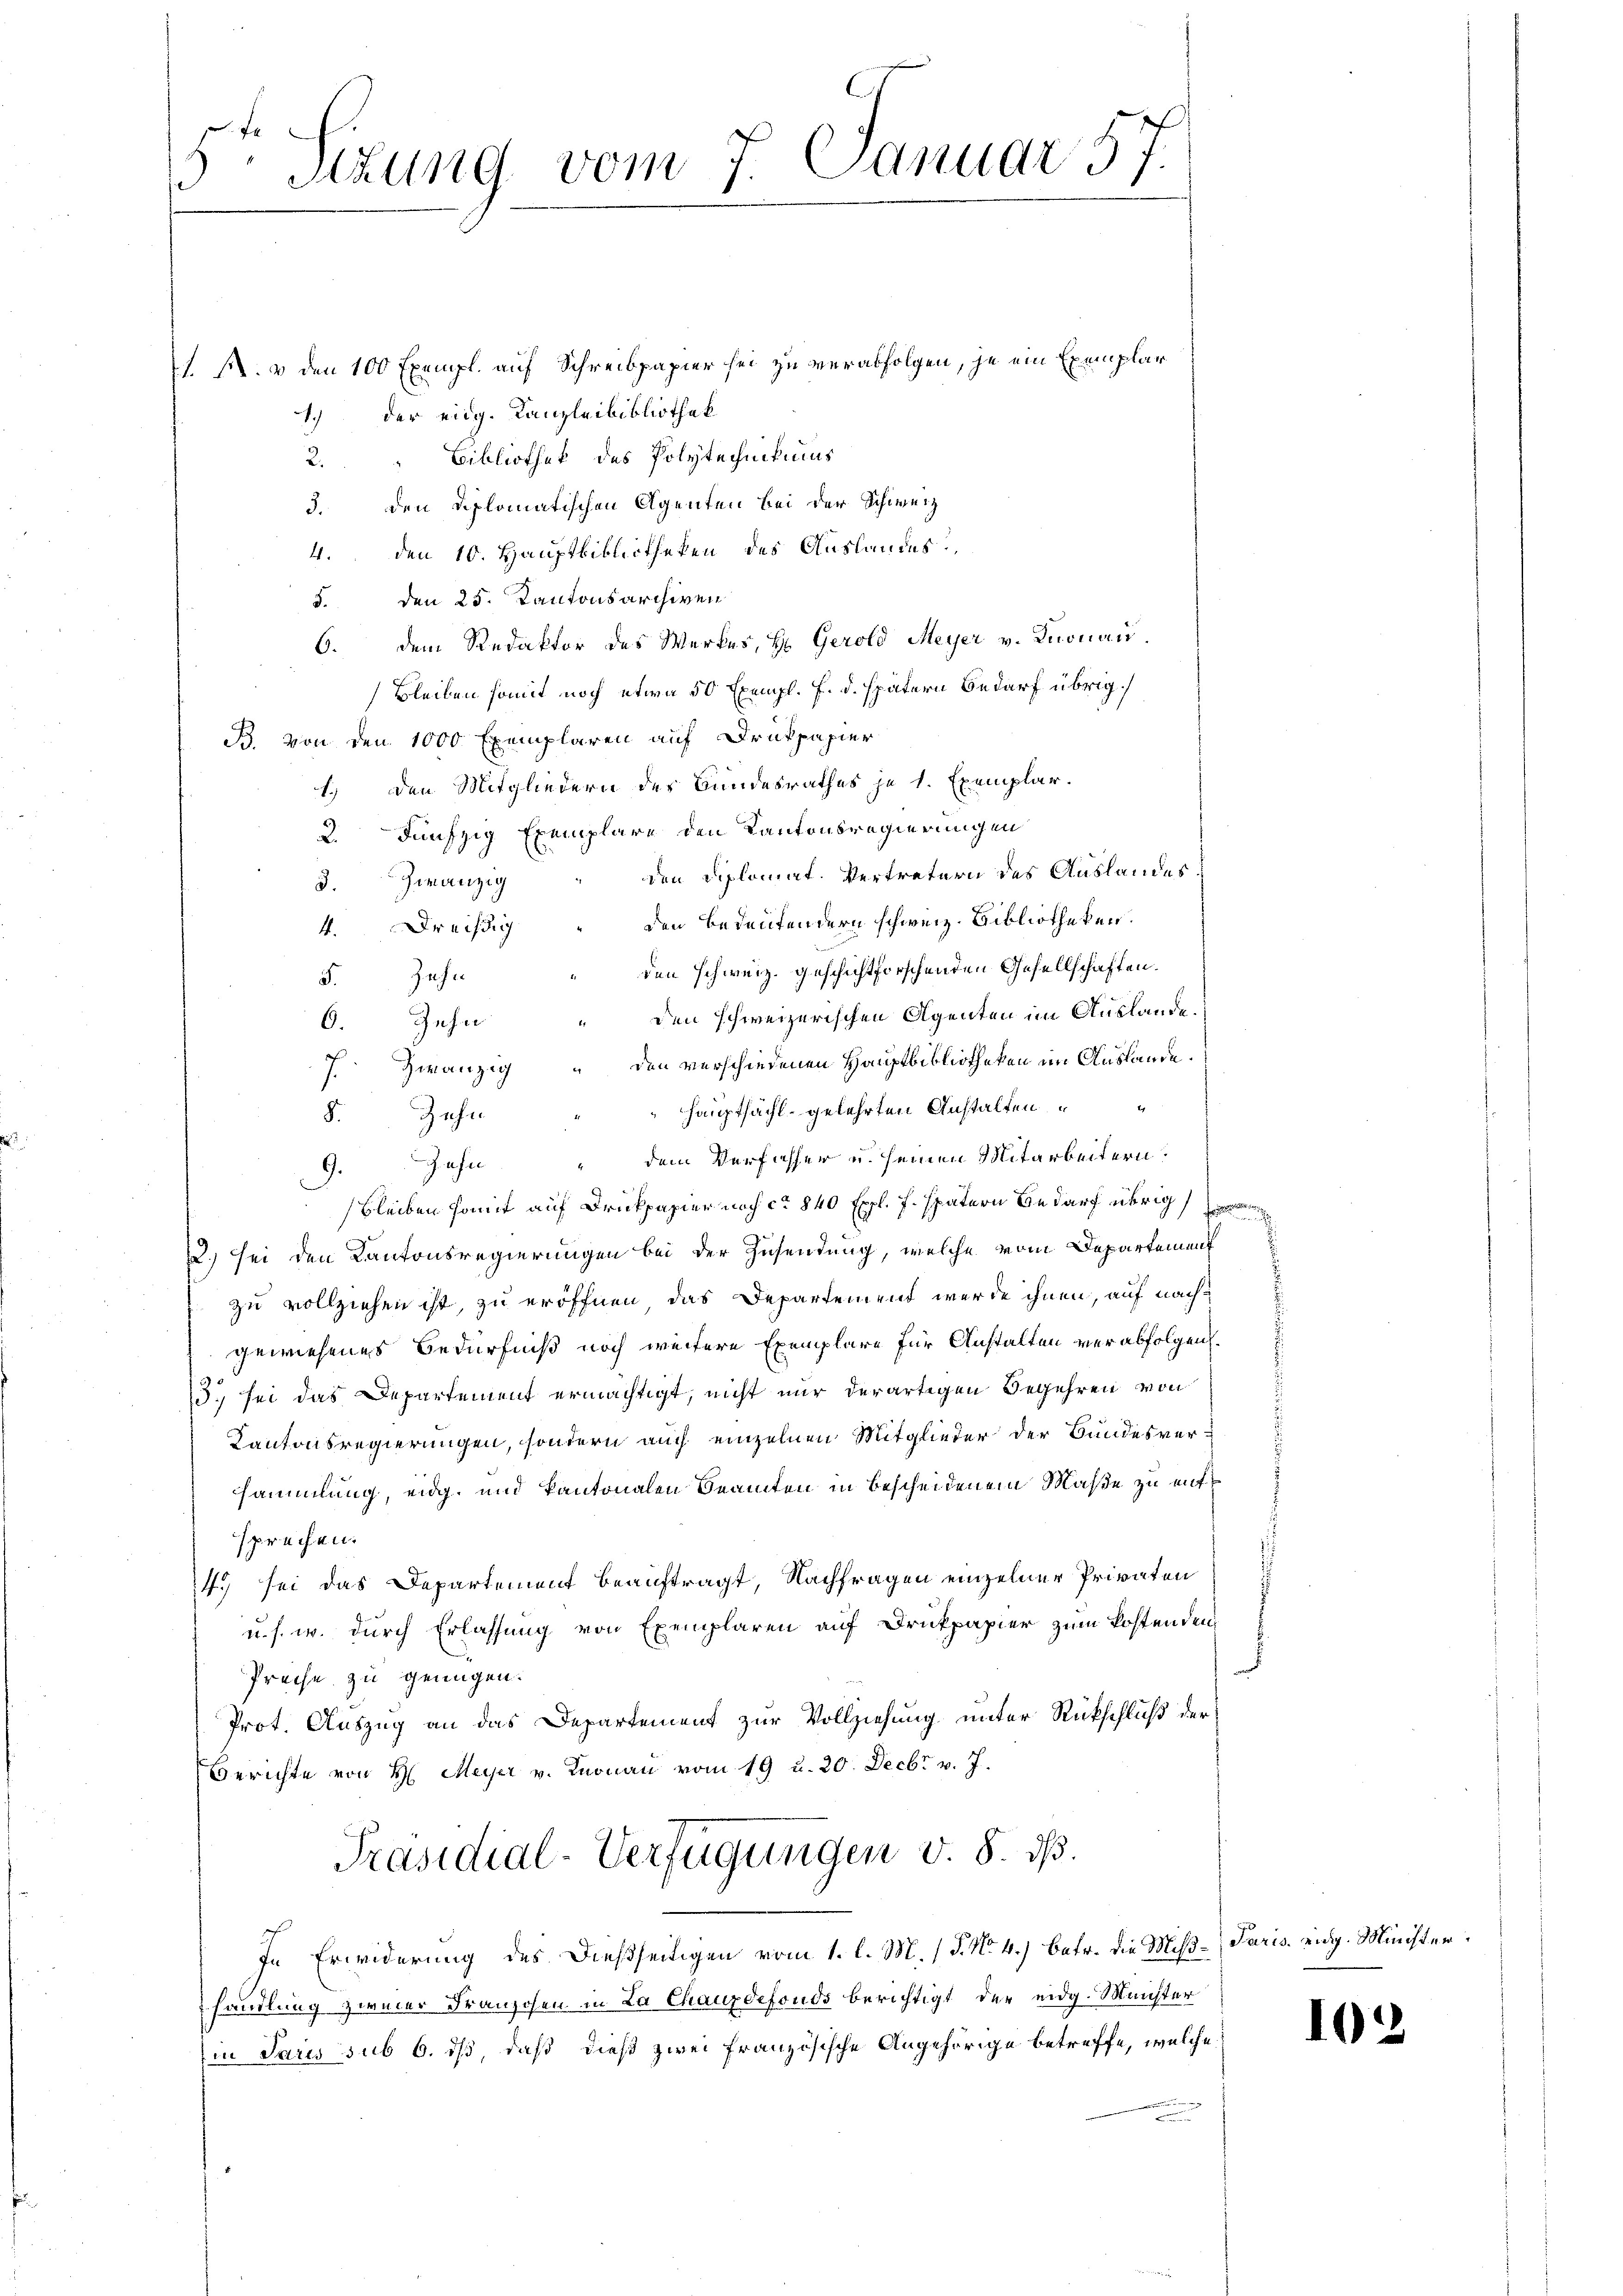
.
Sizung vom 7. Januar 57.

1. M. v. den 100 Exempl. auf Schreibpapier sei zu verabfolgen, je ein Exemplar
1.) der eidg. Kanzleibibliothek
2." Bibliothek des Polytechnikums
3. den Diplomatischen Agenten bei der Schweiz
4. den 10. Hauptbibliotheken des Auslandes
5. den 25. Kantonsarchiven
6. dem Redaktor des Werkes, H. Gerold Meyer v. Knonau.
Bleiben somit noch etwa 50 Exempl. F. d. spätern Bedarf übrig
B. von den 1000 Exemplaren auf Drukpapier
1.) Den Mitgliedern des Bundesrathes je 1 Exemplar.
2.  Fünfzig Exemplare den Kantonsregierungen
den Diplomat. Vertretern des Auslandes
3. Geranzig
den Bedeutendern schweiz. Bibliotheken.
4.Dreisdi
den schweiz. geschichtforschenden Gesellschaften.
5. Jahr
den schweizerischen Agenten im Auslande.
6. Zehn
f
zwanzig den verschiedenen Hauptbibliotheken im Auslande.
7
hauptsächl gelehrten Anstalten
8. Zehn
4
9. Zehn " dem Verfasser u. seinen Mitarbeitern.
bleiben somit auf Druckpapier noch ca 840 Expl. J. spätern Bedarf übrig
2.) sei den Kantonsregierungen bei der Zusendung, welche vom Departement
zu vollziehen ist, zu eröffnen, das Departement werde ihnen, auf nachgewiesenes Bedürfniß noch weitere Exemplare für Anstalten verabfolgen.
15. sei das Departement ermächtigt, nicht nur derartigen Begehren von
Kantonsregierungen, sondern auch einzelnen Mitglieder der Bundesver-
ssammlung, eidg. und kantonalen Beamten in Bescheidenem Maße zu entsprechen.
4. sei das Departement beauftragt, Nachfragen einzelner Privaten
u. s. w. durch Erlassung von Exemplaren auf Drukpapier zum Kostenden
Preise zu genügen.
Prot. Auszug an das Departement zur Vollziehung unter Rückschluß der
Berichte von H. Meyer v. Knonau vom 19 u. 20. Decbr v. J.
Präsidial-Verfügungen v. 8. d.
In Erwiderung des dießseitigen vom 1. l. M. (T. No. 4.) betr. die Miß-Paris eidg. Minister,
handlung zweier Franzosen in La Chauzdefonds berichtigt der eidg. Meichter
in Paris sub 6. ds, daß dieß zwei Französische Angehörige betreffe, welche

102